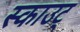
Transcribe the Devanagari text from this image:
स्काउट्